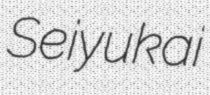
Seiyukai